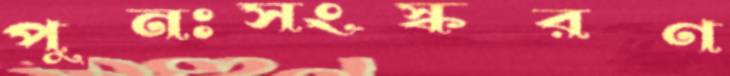
পুনঃসংস্করণ